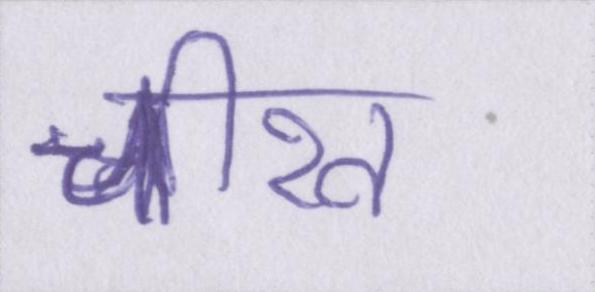
चीख